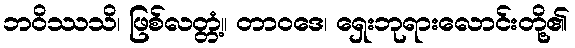
ဘဝိဿသိ၊ ဖြစ်လတ္တံ့။ တာဝဒေ၊ ရှေးဘုရားလောင်းတို့၏